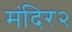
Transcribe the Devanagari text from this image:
मंदिर२